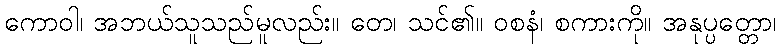
ကောဝါ၊ အဘယ်သူသည်မူလည်း။ တေ၊ သင်၏။ ဝစနံ၊ စကားကို။ အနုပ္ပတ္တော၊